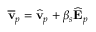
\overline { { \mathbf { v } } } _ { p } = \widehat { \mathbf { v } } _ { p } + \beta _ { s } \widehat { \mathbf { E } } _ { p }